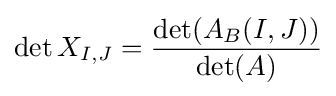
\det X_{I,J}={\frac {\det(A_{B}(I,J))}{\det(A)}}